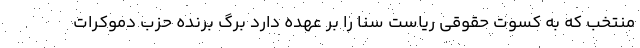
منتخب که به کسوت حقوقی ریاست سنا را بر عهده دارد برگ برنده حزب دموکرات